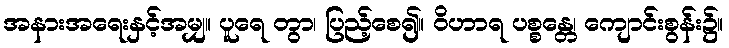
အနားအရေးနှင့်အမျှ။ ပူရေ တွာ၊ ပြည့်စေ၍။ ဝိဟာရ ပစ္စန္တေ၊ ကျောင်းစွန်း၌။